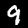
Label: 9